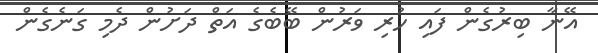
އޭނާ ބިރުގެން ފައި ހުރި ވަރުން ބޭބެގެ އަތް ދަށުން ދެމި ގަނެގެން